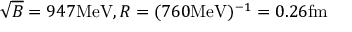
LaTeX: \sqrt { B } = 9 4 7 \mathrm { { M e V } } , R = ( 7 6 0 { \mathrm { M e V } } ) ^ { - 1 } = 0 . 2 6 \mathrm { { f m } }